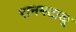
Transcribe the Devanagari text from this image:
रानमटाळू